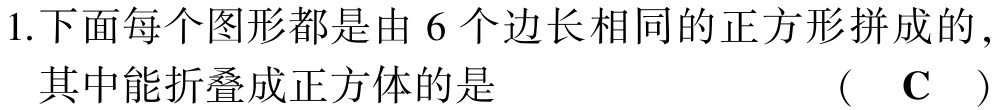
1.下面每个图形都是由 6 个边长相同的正方形拼成的, 其中能折叠成正方体的是  （ C ）